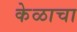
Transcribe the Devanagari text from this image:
केळाचा